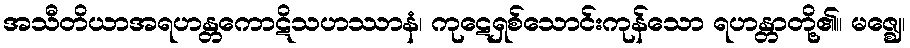
အသီတိယာအရဟန္တကောဋိသဟဿာနံ၊ ကုဋေရှစ်သောင်းကုန်သော ရဟန္တာတို့၏။ မဇ္ဈေ၊